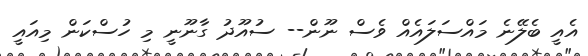
އެއީ ބެލޭނެ މައްސަލައެއް ވެސް ނޫން-- ސުއޫދު ގާނޫނީ މި ހުސްކަން މިއައީ